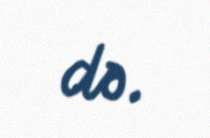
də.